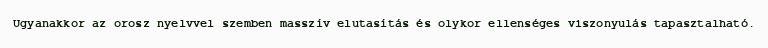
Ugyanakkor az orosz nyelvvel szemben masszív elutasítás és olykor ellenséges viszonyulás tapasztalható.